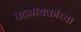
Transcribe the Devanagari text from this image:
पटनायकांच्या